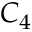
C _ { 4 }